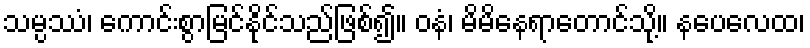
သမ္ပဿံ၊ ကောင်းစွာမြင်နိုင်သည်ဖြစ်၍။ ဝနံ၊ မိမိနေရာတောင်သို့။ နပေလေထ၊